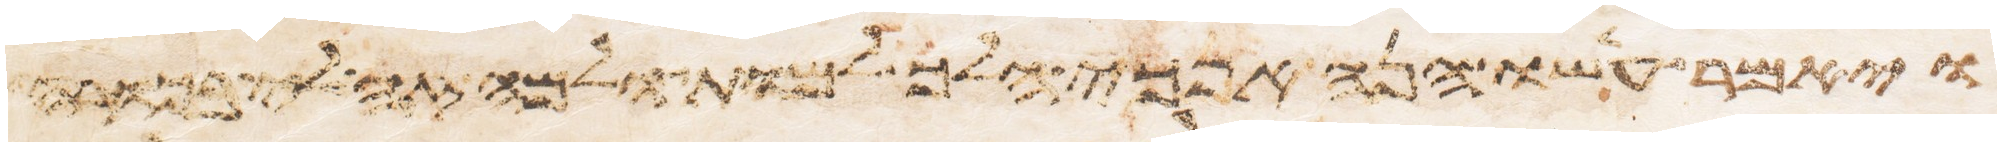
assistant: ויאמר עשו הנה אנכי הלך למות ולמה זה לי בכורה